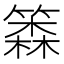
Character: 𰪗